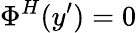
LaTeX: \Phi^{H}(y^{\prime})=0